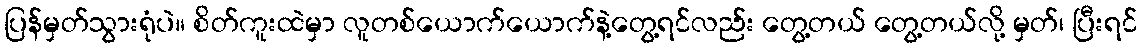
ပြန်မှတ်သွားရုံပဲ။ စိတ်ကူးထဲမှာ လူတစ်ယောက်ယောက်နဲ့တွေ့ရင်လည်း တွေ့တယ် တွေ့တယ်လို့ မှတ်၊ ပြီးရင်